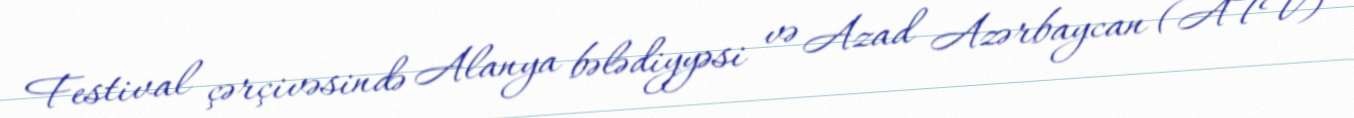
Festival çərçivəsində Alanya bələdiyyəsi və Azad Azərbaycan (ATV)